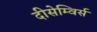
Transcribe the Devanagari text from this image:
दीसेम्विर्स